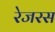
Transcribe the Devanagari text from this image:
रेजरस